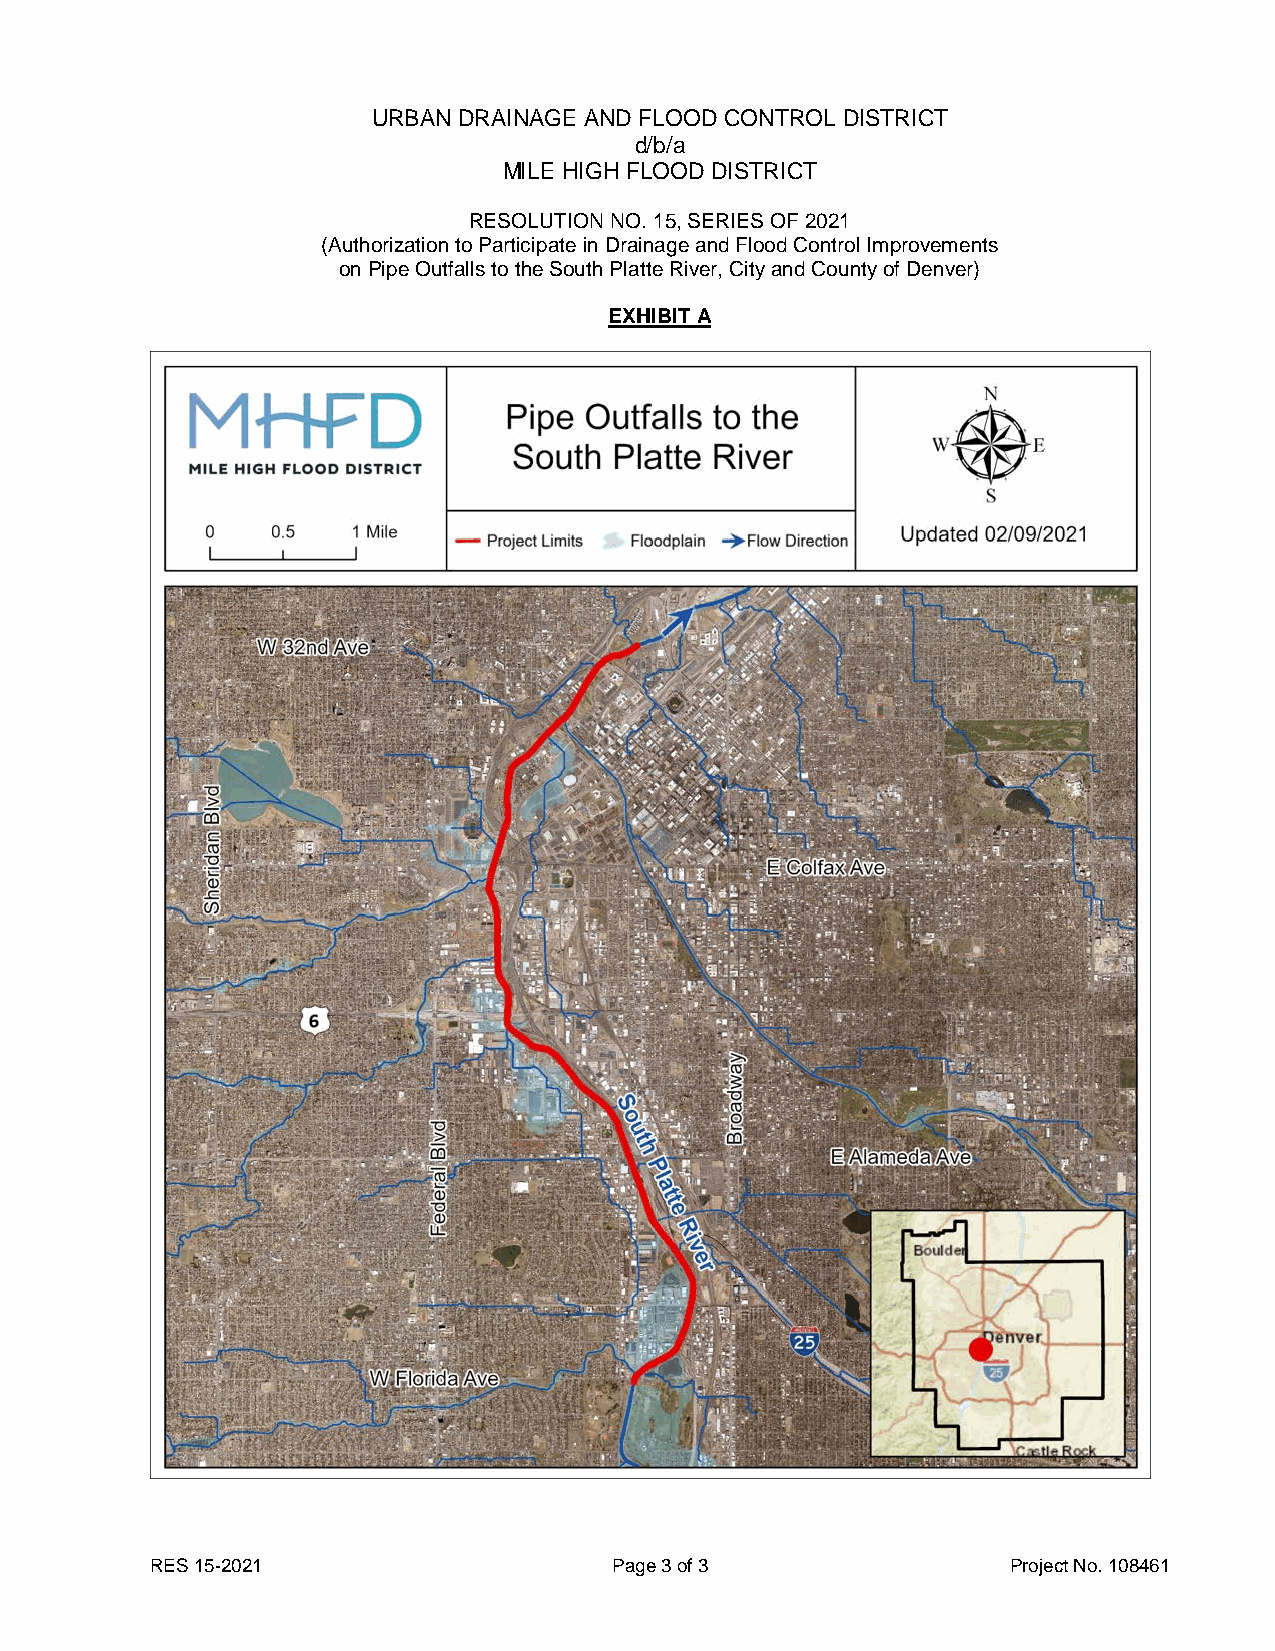
URBAN DRAINAGE AND FLOOD CONTROL DISTRICT
 d/b/a
 MILE HIGH FLOOD DISTRICT
 RESOLUTION NO. 15, SERIES OF 2021
 (Authorization to Participate in Drainage and Flood Control Improvements
 on Pipe Outfalls to the South Platte River, City and County of Denver)
 EXHIBIT A
 RES 15-2021                    Page 3 of 3               Project No. 108461